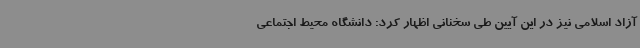
آزاد اسلامی نیز در این آیین طی سخنانی اظهار کرد: دانشگاه محیط اجتماعی